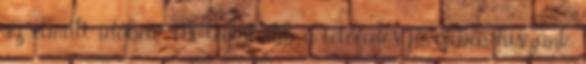
az elmúlt idôben. Mi leginkább a tetôfedés jövôjében hiszünk